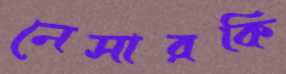
নেসারকি